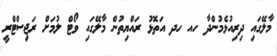
މާލޭގައި ދިރިއުޅެމުންދާ ހއ ހދ އަތޮޅު ރައްޔިތުން މާލޭގައި ވޯޓް ލުމަށް ރަޖިސްޓްރީ